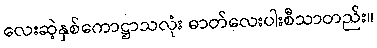
လေးဆဲ့နှစ်ကောဋ္ဌာသလုံး ဓာတ်လေးပါးစီသာတည်း။